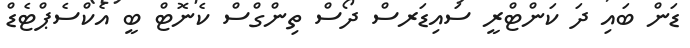
ޑަން ބައި ދަ ކަންޓްރީ ސައިޑަރސް ދޯސް ތިންގްސް ކެނޮޓް ބީ އެކްސެޕްޓެޑް